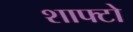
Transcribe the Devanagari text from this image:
शाफ्टो